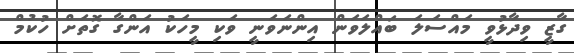
ގާޒީ ވިދާޅުވީ މައްސަލަ ބައްލަވަން އިންނަވަނީ ވަކި މީހަކު އަންގާ ގޮތަށް ހުކުމް